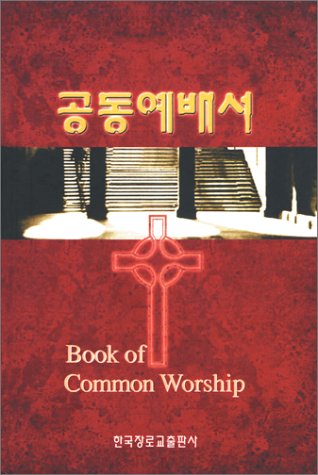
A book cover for Book of Common Worship, Korean Edition; Geneva Press; Christian Books & Bibles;